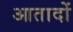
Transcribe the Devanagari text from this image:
आतादों